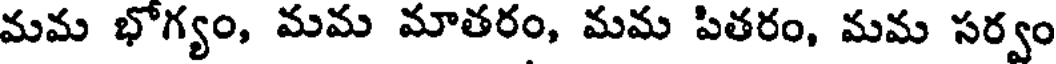
మమ భోగ్యం, మమ మాతరం, మమ పితరం, మమ సర్వం